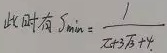
此时有\(S_{min}=\frac{1}{4 + 3\sqrt{3}+\pi}\)